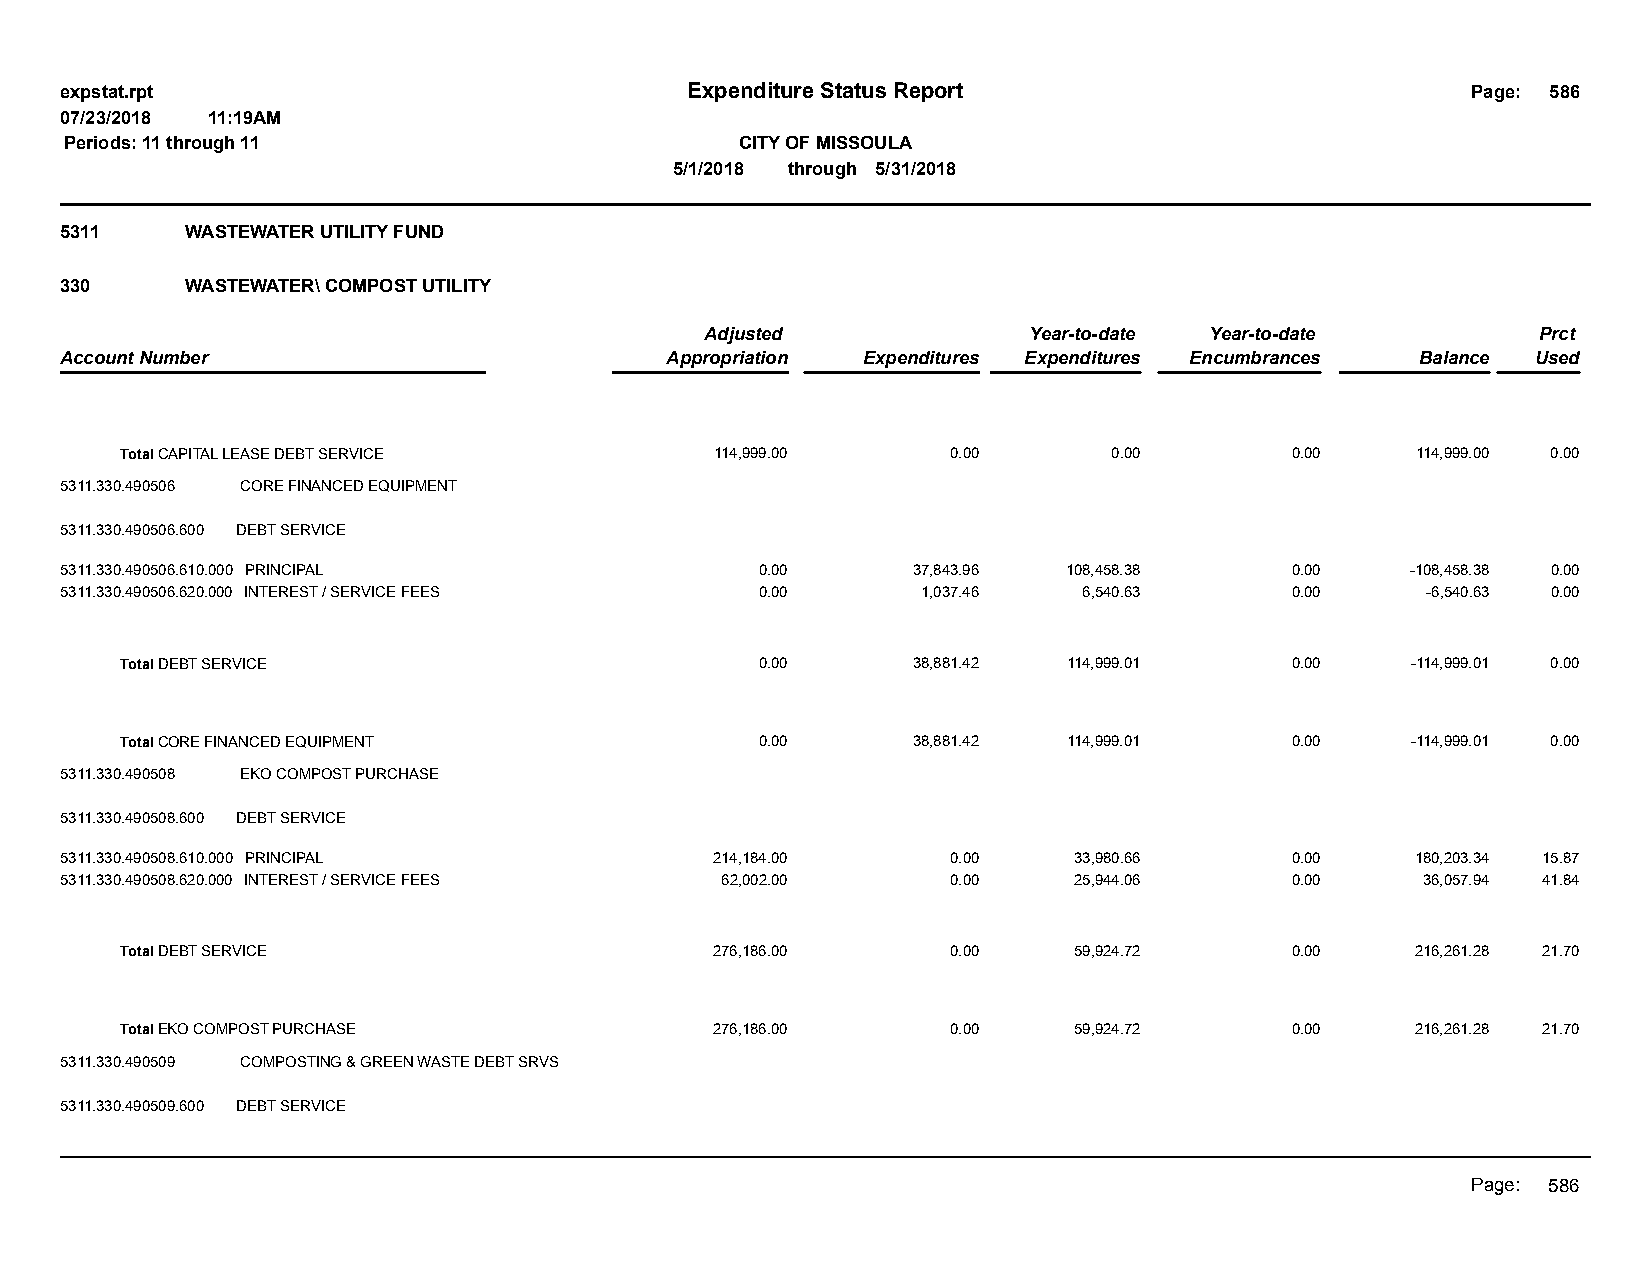
expstat.rpt                              Expenditure Status Report                           Page: 586
 07/23/2018 11:19AM
 Periods: 11 through 11                       CITY OF MISSOULA
 5/1/2018 through 5/31/2018
 5311    WASTEWATER UTILITY FUND
 330     WASTEWATER\ COMPOST UTILITY
 Adjusted             Year-to-date Year-to-date         Prct
 Account Number                          Appropriation Expenditures Expenditures Encumbrances Balance Used
 Total CAPITAL LEASE DEBT SERVICE       114,999.00      0.00       0.00       0.00     114,999.00 0.00
 5311.330.490506 CORE FINANCED EQUIPMENT
 5311.330.490506.600 DEBT SERVICE
 5311.330.490506.610.000 PRINCIPAL             0.00      37,843.96  108,458.38    0.00    -108,458.38 0.00
 5311.330.490506.620.000 INTEREST / SERVICE FEES 0.00     1,037.46   6,540.63     0.00     -6,540.63 0.00
 Total DEBT SERVICE                        0.00      38,881.42  114,999.01    0.00    -114,999.01 0.00
 Total CORE FINANCED EQUIPMENT             0.00      38,881.42  114,999.01    0.00    -114,999.01 0.00
 5311.330.490508 EKO COMPOST PURCHASE
 5311.330.490508.600 DEBT SERVICE
 5311.330.490508.610.000 PRINCIPAL          214,184.00      0.00    33,980.66     0.00     180,203.34 15.87
 5311.330.490508.620.000 INTEREST / SERVICE FEES 62,002.00  0.00    25,944.06     0.00     36,057.94 41.84
 Total DEBT SERVICE                     276,186.00      0.00    59,924.72     0.00     216,261.28 21.70
 Total EKO COMPOST PURCHASE             276,186.00      0.00    59,924.72     0.00     216,261.28 21.70
 5311.330.490509 COMPOSTING & GREEN WASTE DEBT SRVS
 5311.330.490509.600 DEBT SERVICE
 Page: 586